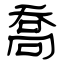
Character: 喬